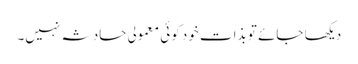
دیکھا جائے تو بذات خود کوئی معمولی حادثہ نہیں۔